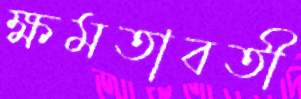
ক্ষমতাবতী